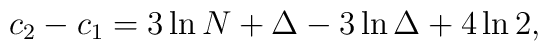
c_2 - c_1 = 3\ln N + \Delta - 3\ln\Delta + 4\ln 2,